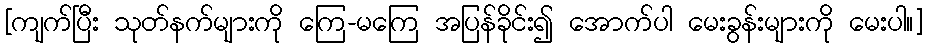
[ကျက်ပြီး သုတ်နက်များကို ကြေ-မကြေ အပြန်ခိုင်း၍ အောက်ပါ မေးခွန်းများကို မေးပါ။]